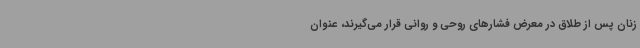
زنان پس از طلاق در معرض فشارهای روحی و روانی قرار می‌گیرند، عنوان